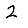
Digit: 2